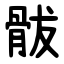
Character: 䯋